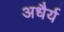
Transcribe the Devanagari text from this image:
अधैर्य